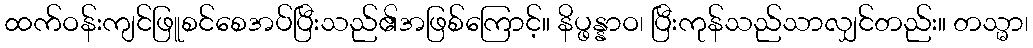
ထက်ဝန်းကျင်ဖြူစင်စေအပ်ပြီးသည်၏အဖြစ်ကြောင့်။ နိပ္ဖန္နာဝ၊ ပြီးကုန်သည်သာလျှင်တည်း။ တသ္မာ၊